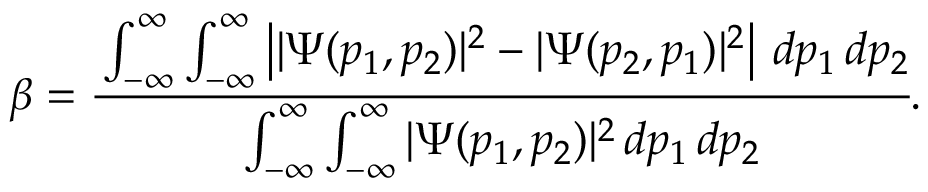
\beta = \cfrac { \int _ { - \infty } ^ { \infty } \int _ { - \infty } ^ { \infty } \left| | \Psi ( p _ { 1 } , p _ { 2 } ) | ^ { 2 } - | \Psi ( p _ { 2 } , p _ { 1 } ) | ^ { 2 } \right| \, d p _ { 1 } \, d p _ { 2 } } { \int _ { - \infty } ^ { \infty } \int _ { - \infty } ^ { \infty } | \Psi ( p _ { 1 } , p _ { 2 } ) | ^ { 2 } \, d p _ { 1 } \, d p _ { 2 } } .